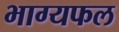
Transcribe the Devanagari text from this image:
भाग्यफल